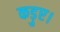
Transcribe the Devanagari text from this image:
कड़ुए।